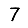
Digit: 7